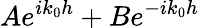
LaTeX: Ae^{ik_{0}h}+Be^{-ik_{0}h}